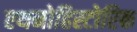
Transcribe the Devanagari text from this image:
एथनोहिस्टोरिक